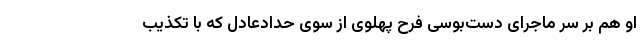
او هم بر سر ماجرای دست‌بوسی فرح پهلوی از سوی حدادعادل که با تکذیب